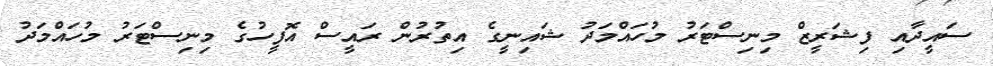
ސައީދާއި ފިޝަރީޒް މިނިސްޓަރު މުހައްމަދު ޝައިނީގެ އިތުރުން ރައީސް އޮފީހުގެ މިނިސްޓަރު މުހައްމަދު